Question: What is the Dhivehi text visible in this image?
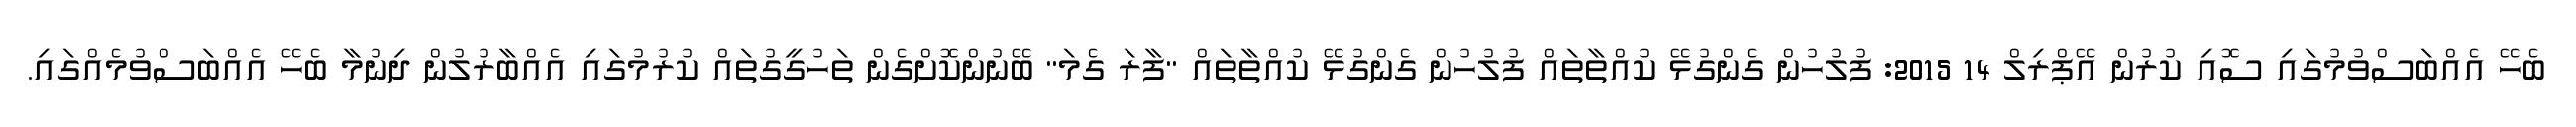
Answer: ބެހޭ އެއްބަސްވުމުގައި ސޮއި ކުރުން އޭޕްރިލް 14 2015: ފުލުހުން ގެންގުޅޭ ކުއްތާތައް ފުލުހުން ގެންގުޅޭ ކުއްތާތައް "ފާރަ ގެމަ" ބޭނުންކޮށްގެން ތަހުގީގުތައް ކުރުމުގައި އެއްބާރުލުން ދިނުމާ ބެހޭ އެއްބަސްވުމެއްގައި.